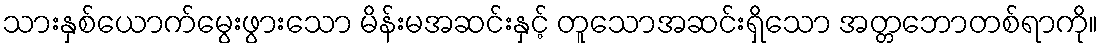
သားနှစ်ယောက်မွေးဖွားသော မိန်းမအဆင်းနှင့် တူသောအဆင်းရှိသော အတ္တဘောတစ်ရာကို။